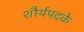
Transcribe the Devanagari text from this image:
शौर्यपदके